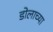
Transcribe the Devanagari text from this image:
डोलाच्या